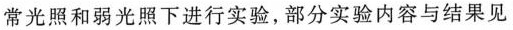
常光照和弱光照下进行实验，部分实验内容与结果见